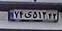
۷۴ی۵۱۲۴۳